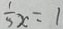
\frac { 1 } { 5 } x = 1